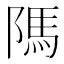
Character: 䧞